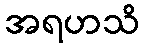
အရဟသိ